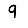
Digit: 9